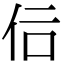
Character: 𠇙